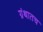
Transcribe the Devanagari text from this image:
ग्रंथातच